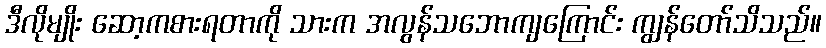
ဒီလိုမျိုး ဆော့ကစားရတာကို သားက အလွန်သဘောကျကြောင်း ကျွန်တော်သိသည်။